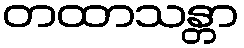
တထာသန္တာ